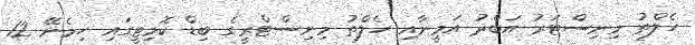
ހެލްތު މިނިސްޓަރު އަބްދު އަމީނާއި ހެލްތު މިނިސްޓްރީގެ ބިޑް ކޮމިޓީގައި ހިމެނޭ 12